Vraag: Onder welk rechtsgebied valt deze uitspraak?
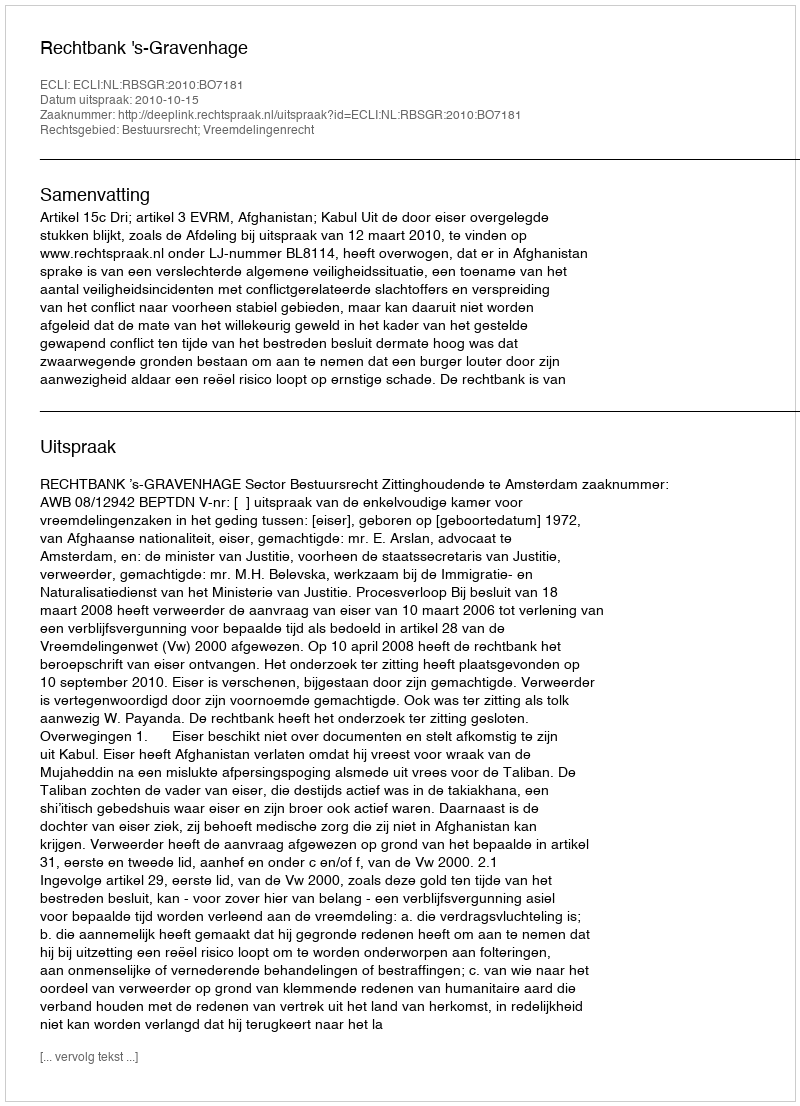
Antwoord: Bestuursrecht; Vreemdelingenrecht